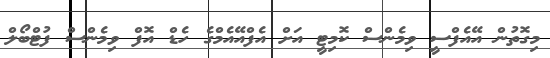
މިގޮތުން އޭއެފްސީ ވިމެންސް ކޮމިޓީ އަށް އެފްއޭއެމްގެ ހެޑް އޮފް ވިމެންސް ފުޓްބޯލް